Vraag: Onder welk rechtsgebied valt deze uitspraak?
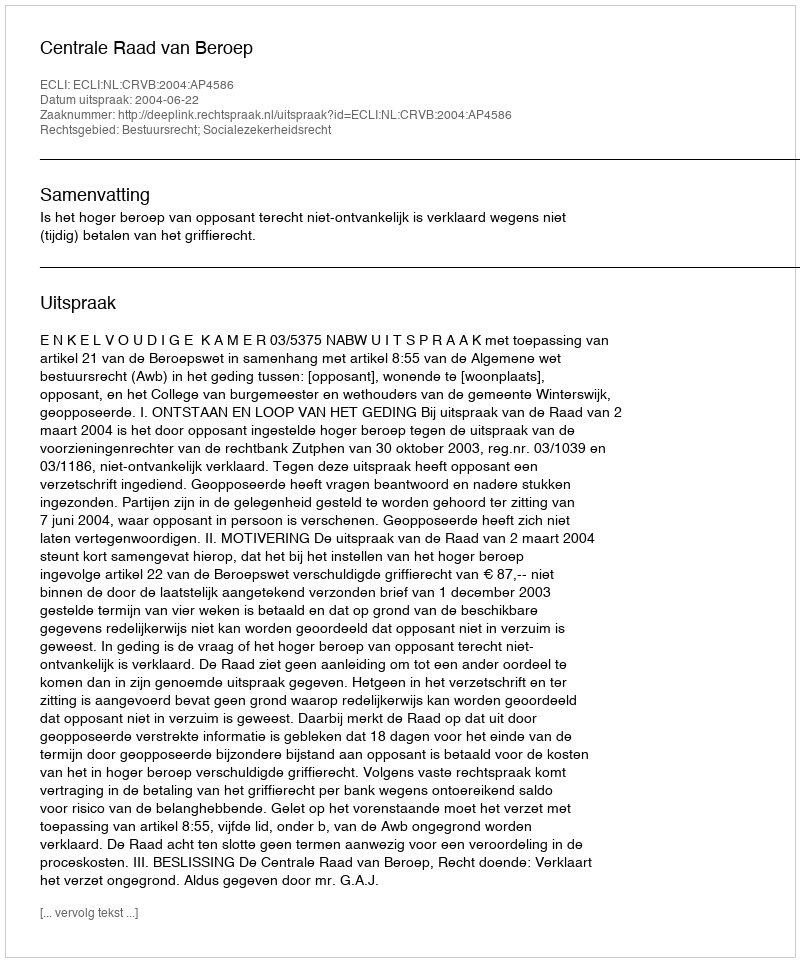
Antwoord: Bestuursrecht; Socialezekerheidsrecht